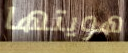
هويتها